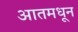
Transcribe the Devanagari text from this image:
आतमधून